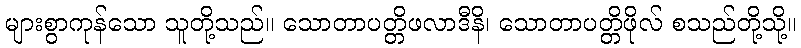
များစွာကုန်သော သူတို့သည်။ သောတာပတ္တိဖလာဒီနိ၊ သောတာပတ္တိဖိုလ် စသည်တို့သို့။